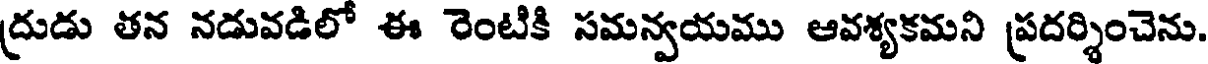
ద్రుడు తన నడువడిలో ఈ రెంటికి సమన్వయము ఆవశ్యకమని ప్రదర్శించెను.